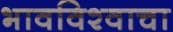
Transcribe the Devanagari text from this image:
भावविश्‍वाचा